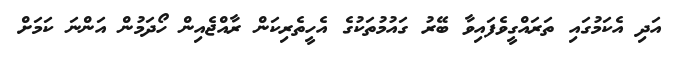
އަދި އެކަމުގައި ތަރައްގީވެފައިވާ ބޭރު ގައުމުތަކުގެ އެހީތެރިކަން ރާއްޖެއިން ހޯދަމުން އަންނަ ކަމަށް